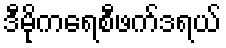
ဒီမိုကရေစီဖက်ဒရယ်